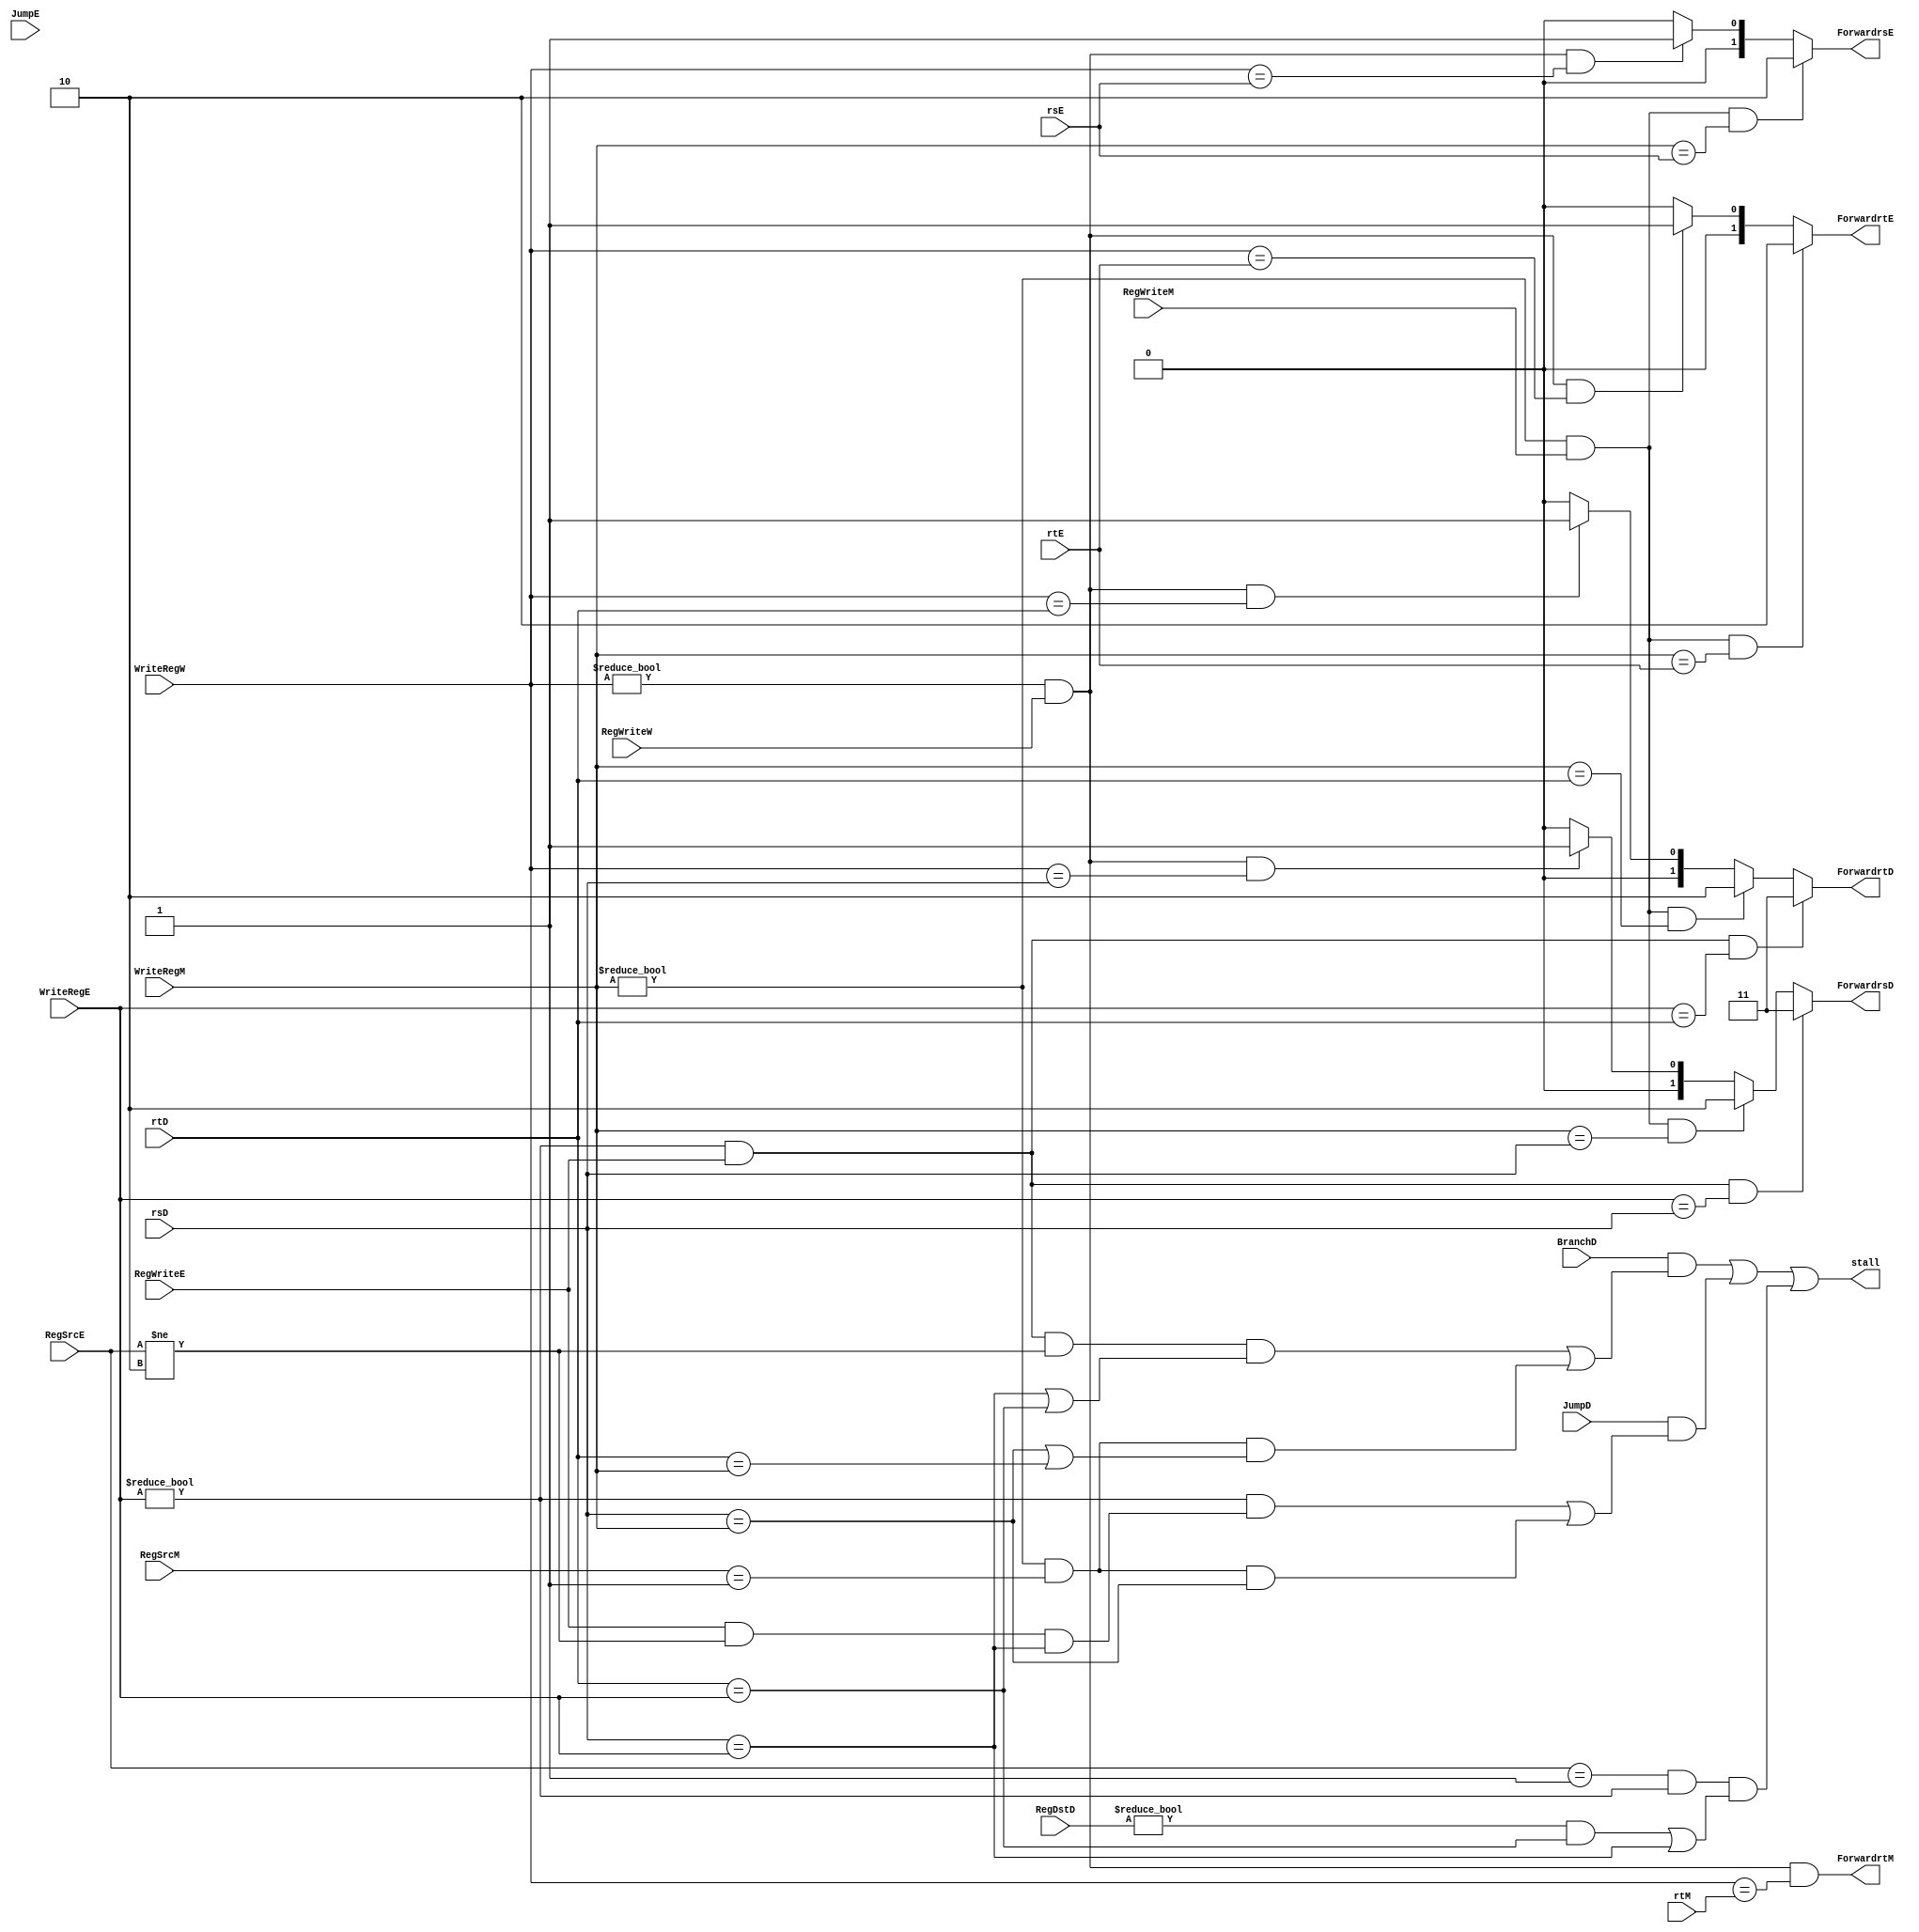
`timescale 1ns / 1ns

module conflict(
	//stall  
	// F:     D:   E:  M:
	input [4:0]		WriteRegE,  // 
	input [4:0]		WriteRegM,  // 
	input 			RegWriteE,  // 
	input 			RegWriteM,  // 
	input [2:0]		RegSrcE,  // E
	input [2:0]		RegSrcM,  // M
	input 			BranchD,  // D
	input 			JumpD,  // D
	input 			JumpE,  // E
	input [1:0]		RegDstD,  // 
	input [4:0]		rsD,  // Drs
	input [4:0]		rtD,  // Drt

	//forward  
	input [4:0]		rsE,  
	input [4:0]		rtE,
	input [4:0]		WriteRegW,
	input 			RegWriteW,
	input [4:0]		rtM,

	//input mdbusy,
	//input usehilo,

	//stall out
	output stall,

	//forward out
	output [1:0]	ForwardrsD,
	output [1:0]	ForwardrtD,
	output [1:0]	ForwardrsE,
	output [1:0]	ForwardrtE,
	output ForwardrtM
);
	// D E M W
    //stall  
	wire branchstall, jumpstall, loadstall;
	assign branchstall = BranchD && 
					((WriteRegE != 0 && RegWriteE && RegSrcE != 2 && (rsD == WriteRegE || rtD == WriteRegE ))||
							(WriteRegM != 0 && RegSrcM == 1 && ( rsD == WriteRegM || rtD == WriteRegM)));
	assign jumpstall = JumpD && 
					(WriteRegE != 0 && (RegWriteE && RegSrcE != 2 && rsD == WriteRegE) ||
							(WriteRegM != 0 && RegSrcM == 1 && rsD == WriteRegM));
	assign loadstall = RegSrcE == 1 && WriteRegE != 0 && ((RegDstD != 0 && rtD == WriteRegE)|| rsD == WriteRegE);
	//assign muldivstall=mdbusy && usehilo; 
	assign stall = branchstall || jumpstall || loadstall;
	
	//forward  
	assign ForwardrsD = WriteRegE != 0 && RegWriteE && WriteRegE == rsD ? 3 :
					WriteRegM != 0 && RegWriteM && WriteRegM == rsD ? 2 :
					WriteRegW !=0 && RegWriteW && WriteRegW == rsD ? 1 : 0;
	assign ForwardrtD = WriteRegE != 0 && RegWriteE && WriteRegE == rtD ? 3 :
					WriteRegM != 0 && RegWriteM && WriteRegM == rtD ? 2 :
					WriteRegW != 0 && RegWriteW && WriteRegW == rtD ? 1 : 0;
	
	assign ForwardrsE = WriteRegM != 0 && RegWriteM && WriteRegM == rsE ? 2 :
					WriteRegW != 0 && RegWriteW && WriteRegW == rsE ? 1 : 0;
	assign ForwardrtE = WriteRegM != 0 && RegWriteM && WriteRegM == rtE ? 2 :
					WriteRegW != 0 && RegWriteW && WriteRegW == rtE ? 1 : 0;
	
	assign ForwardrtM = WriteRegW != 0 && RegWriteW && WriteRegW == rtM;
	 
endmodule